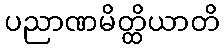
ပညာဏမိတ္ထိယာတိ